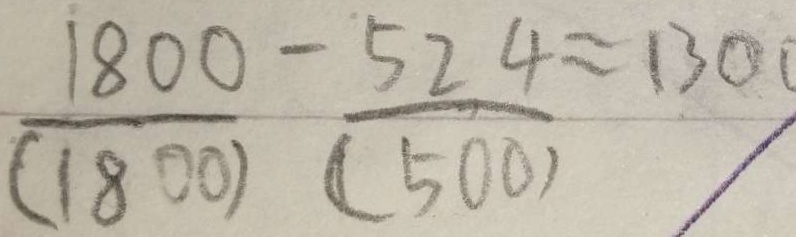
\frac { 1 8 0 0 } { ( 1 8 0 0 ) } - \frac { 5 2 4 } { ( 5 0 0 ) } = 1 3 0 0